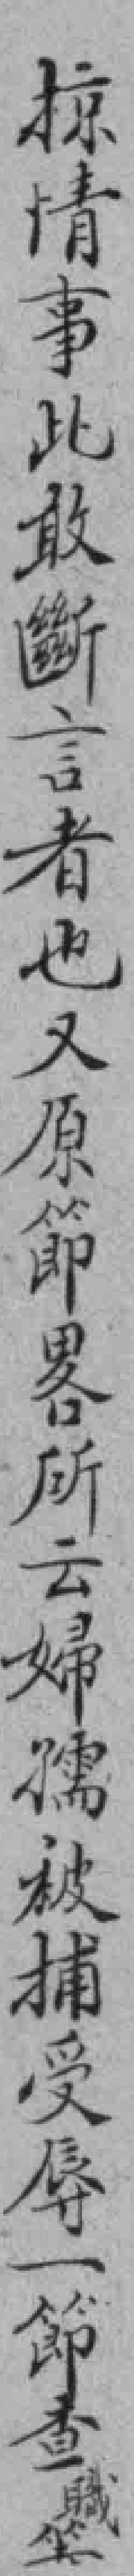
掠情事此敢斷言者也又原節畧所云婦孺被捕受辱一節查職等